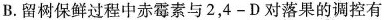
B. 留树保鲜过程中赤霉素与 2，4 - D 对落果的调控有